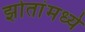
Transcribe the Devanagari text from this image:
झोतांमध्ये